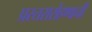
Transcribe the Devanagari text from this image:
प्रस्तरारोहणाची